Annual administration report of the Civil Veterinary Department of India - 1894-1895
Year: 1894
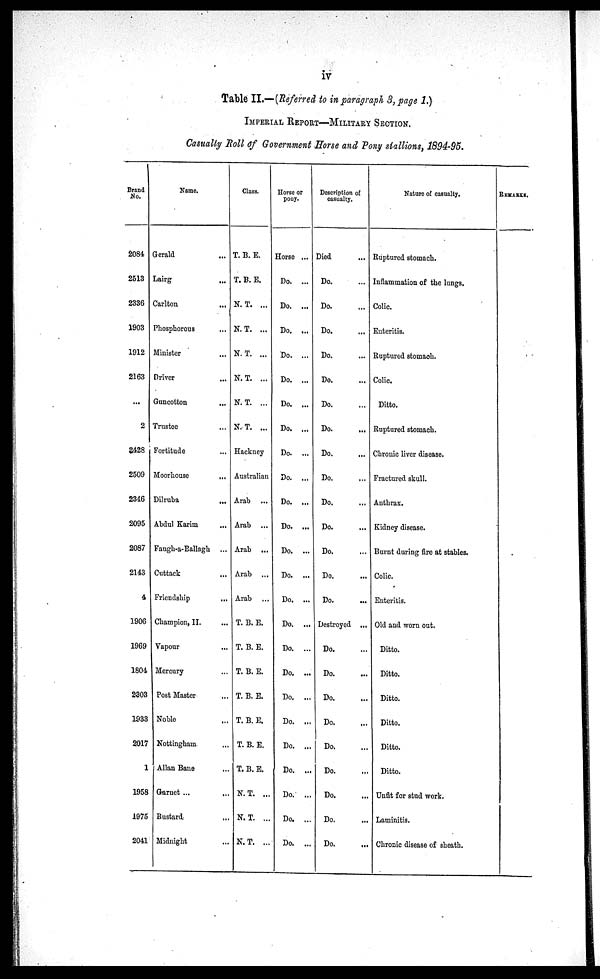
iv
Table II.—(Referred to in paragraph 3, page 1.)
IMPERIAL REPORT-MILITARY SECTION.
Casualty Roll of Government Horse and Pony stallions, 1894-95.
Brand
No.
2084
2513
2336
1903
1912
2163
...
2
2428
2509
2346
2095
2087
2143
4
1906
1969
1804
2303
1933
2017
1
1958
1975
2041
Name.
Gerald
...
Lairg
...
Carlton
...
Phosphorous
Minister
...
Driver ...
Guncotton
...
Trustee ...
Fortitude ...
Moorhouse ...
Dilruba
...
Abdul Karim ...
Faugh-a-Ballagh ...
Cuttack ...
Friendship ...
Champion, II. ...
Vapour ...
Mercury ...
Post Master ...
Noble ...
Nottingham ...
Allan Bane ...
Garnet ...
...
Bustard...
...
Midnight ... ...
Class.
T. B. E.
T. B. E.
N. T. ...
N. T. ...
N. T. ...
N. T. ...
N. T. ...
N. T. ...
Hackney
Australian
Arab ...
Arab ...
Arab ...
Arab ...
Arab ...
T. B. E.
T. B. E.
T. B. E.
T. B. E.
T. B. E.
T. B. E.
T. B. E.
N. T. ...
N. T. ...
N.T. ...
Horse or
pony.
Horse ...
Do. ...
Do. ...
Do. ...
Do. ...
Do. ...
Do. ...
Do. ...
Do. ...
Do. ...
Do. ...
Do. ...
Do. ...
Do. ...
Do. ...
Do. ...
Do. ...
Do. ...
Do. ...
Do. ...
Do. ...
Do. ...
Do. ...
Do. ...
Do. ...
Description of
casualty.
Died ...
Do. ...
Do. ...
Do. ...
Do. ...
Do. ...
Do. ...
Do. ...
Do. ...
Do. ...
Do. ...
Do. ...
Do. ...
Do. ...
Do. ...
Destroyed ...
Do. ...
Do. ...
Do. ...
Do. ...
Do. ...
Do. ...
Do. ...
Do. ...
Do. ...
Nature of casualty.
Ruptured stomach.
Inflammation of the lungs.
Colic.
Enteritis.
Ruptured stomach.
Colic.
Ditto.
Ruptured stomach.
Chronic liver disease.
Fractured skull.
Anthrax.
Kidney disease.
Burnt during fire at stables.
Colic.
Enteritis.
Old and worn out.
Ditto.
Ditto.
Ditto.
Ditto.
Ditto.
Ditto.
Unfit for stud work.
Laminitis.
Chronic disease of sheath.
REMARKS.